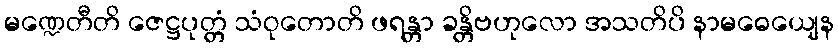
မဏ္ဍေတီတိ ဇေဋ္ဌပုတ္တံ သံဝုတောတိ ဖရန္တာ ခန္တိဗဟုလော အသတိပိ နာမဓေယျေန